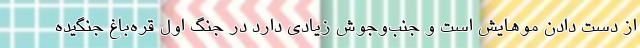
از دست دادن موهایش است و جنب‌وجوش زیادی دارد در جنگ اول قره‌باغ جنگیده